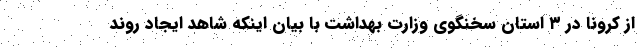
از کرونا در ۳ استان سخنگوی وزارت بهداشت با بیان اینکه شاهد ایجاد روند